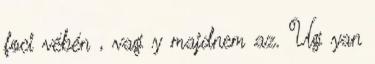
foci vébén , vag y majdnem az. Ug yan